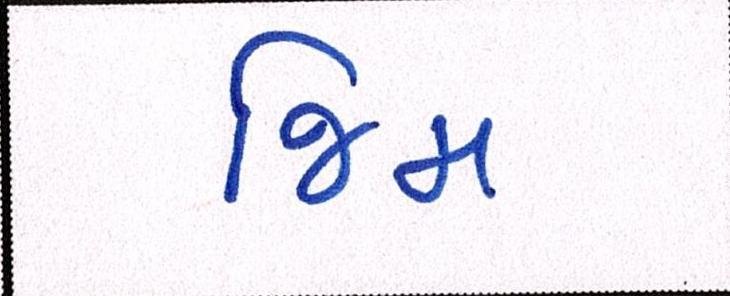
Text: જિમ